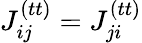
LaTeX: J_{ij}^{(tt)}=J_{ji}^{(tt)}